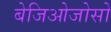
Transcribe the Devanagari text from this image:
बेजिओजोसो